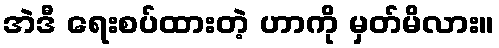
အဲဒီ ရေးစပ်ထားတဲ့ ဟာကို မှတ်မိလား။